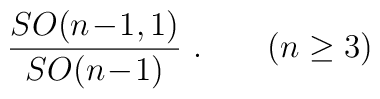
{SO(n\!-\!1,1)\over SO(n\!-\!1)}\ .\qquad (n\geq 3)